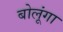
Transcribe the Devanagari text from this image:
बोलूंगा